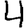
Digit: 4